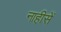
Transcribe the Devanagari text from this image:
नाहीसें